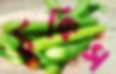
ঠুকিস